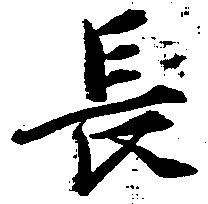
長